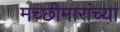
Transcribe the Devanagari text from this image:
मच्छीमारांच्या